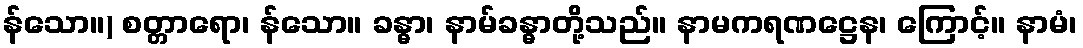
န်သော။) စတ္တာရော၊ န်သော။ ခန္ဓာ၊ နာမ်ခန္ဓာတို့သည်။ နာမကရဏဋ္ဌေန၊ ကြောင့်။ နာမံ၊